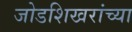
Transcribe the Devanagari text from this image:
जोडशिखरांच्या